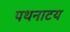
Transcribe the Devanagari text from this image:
पथनाटय